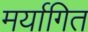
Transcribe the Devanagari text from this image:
मर्यागित